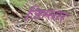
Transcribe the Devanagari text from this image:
जिम्सार